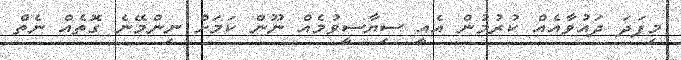
މިފަދަ ދައުވާއެއް ކުރުމުން އެއީ ސިޔާސީވުމެއް ނޫން ކަމަށް ނިންމޭނެ ގޮތެއް ނެތް